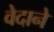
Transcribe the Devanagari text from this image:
वेदाने